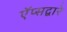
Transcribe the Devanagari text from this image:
ऍप्सद्वारे